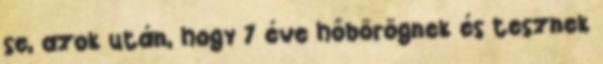
se, azok után, hogy 7 éve hőbörögnek és tesznek